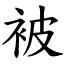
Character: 被